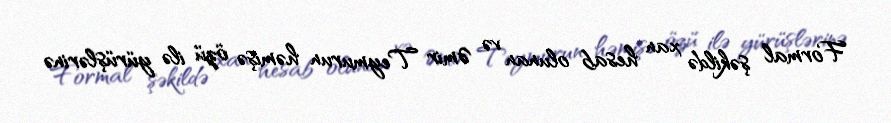
Formal şəkildə xan hesab olunan və Əmir Teymurun həmişə özü ilə yürüşlərinə